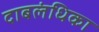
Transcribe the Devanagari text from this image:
दाबलंधिका